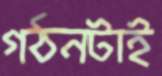
গঠনটাই